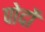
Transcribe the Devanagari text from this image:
पोदों